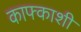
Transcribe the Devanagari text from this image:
काफ्काशी